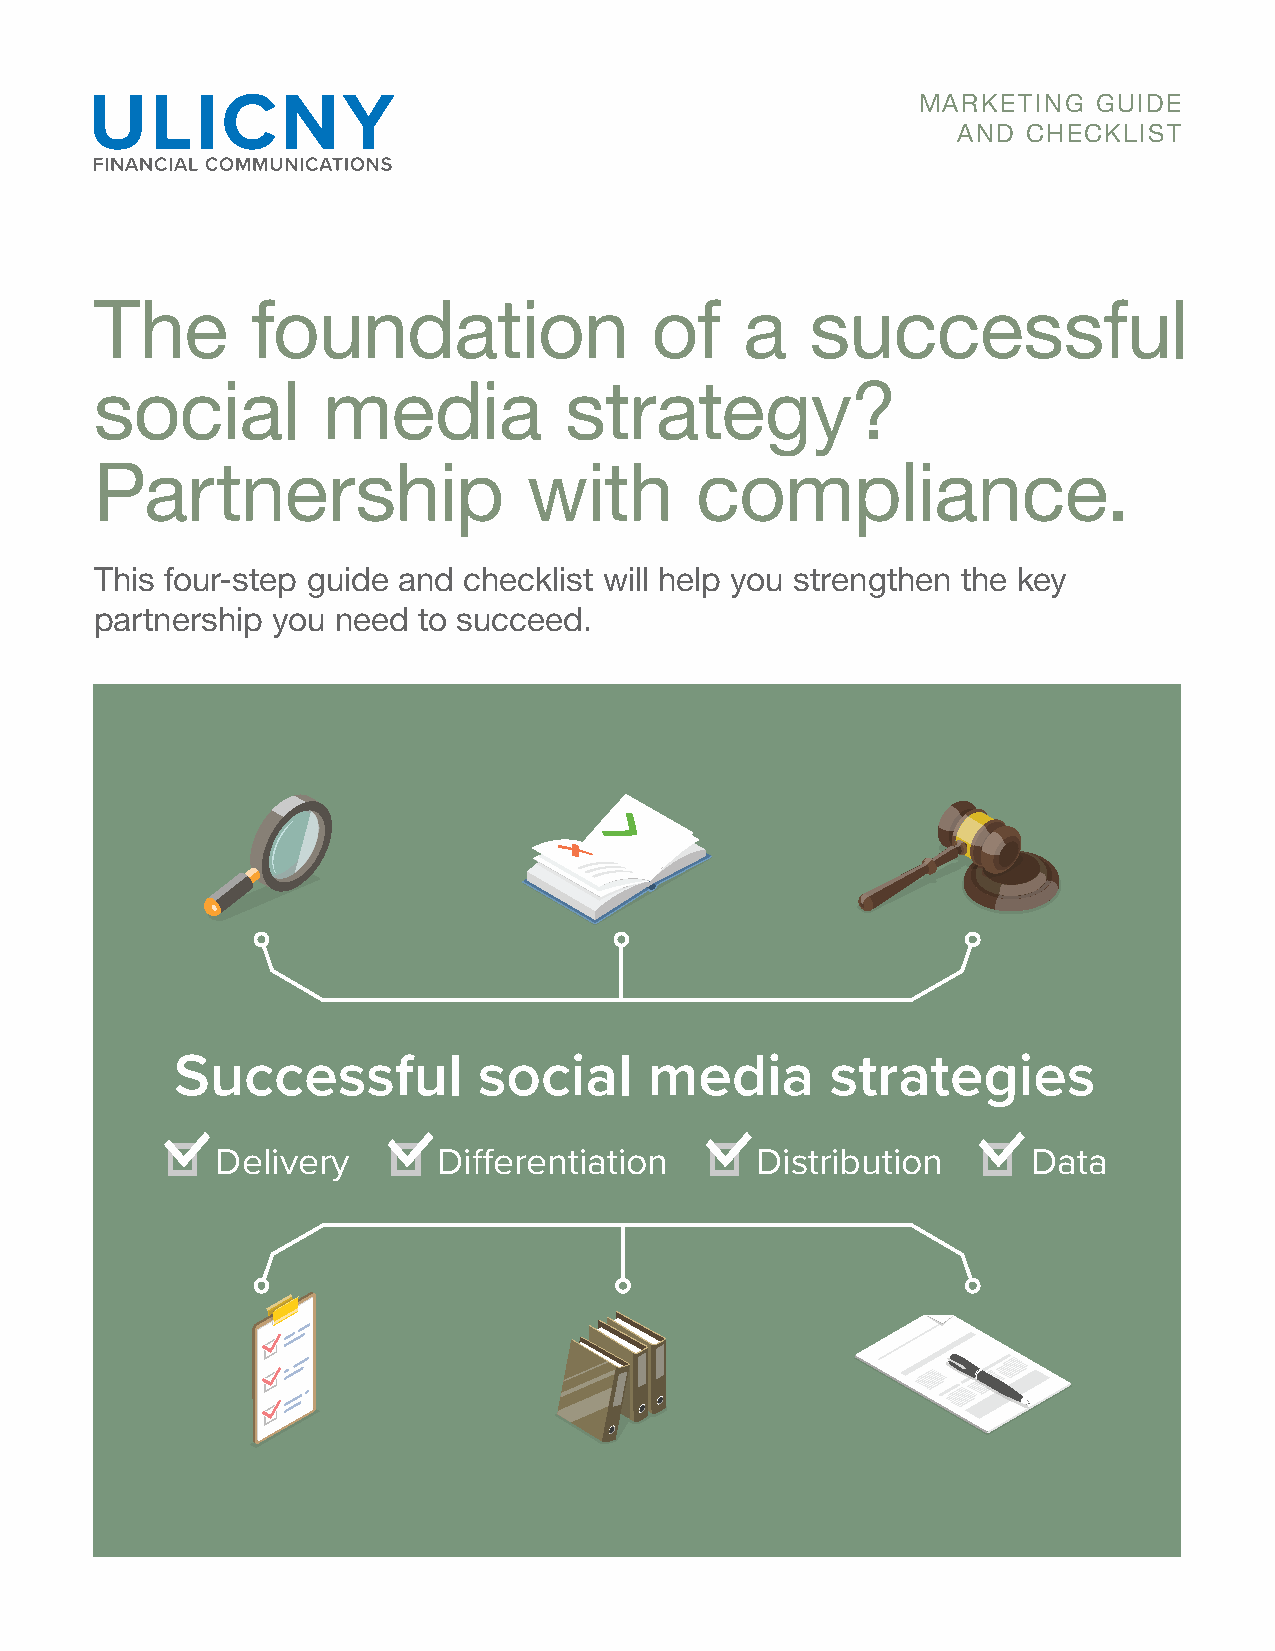
MARKETING   GUIDE
 AND  CHECKLIST
 The        foundation                of    a    successful
 social         media           strategy?
 Partnership                  with       compliance.
 This four-step guide and checklist will help you strengthen the key
 partnership you need  to succeed.
 Successful          social     media       strategies
 Delivery       Differentiation      Distribution      Data